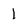
Character: 1